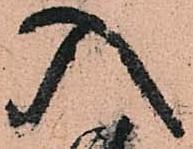
入